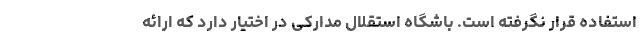
استفاده قرار نگرفته است. باشگاه استقلال مدارکی در اختیار دارد که ارائه